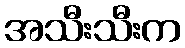
အသီးသီးက